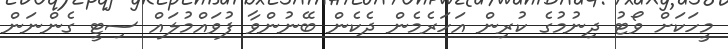
މީހަކަށް ވޯޓު ދިނުމުގެ ކުރިން އަހަރެމެން ދެކެން ބޭނުންވާ ފުވައްމުލައް ސިޓީ ގެންނަން